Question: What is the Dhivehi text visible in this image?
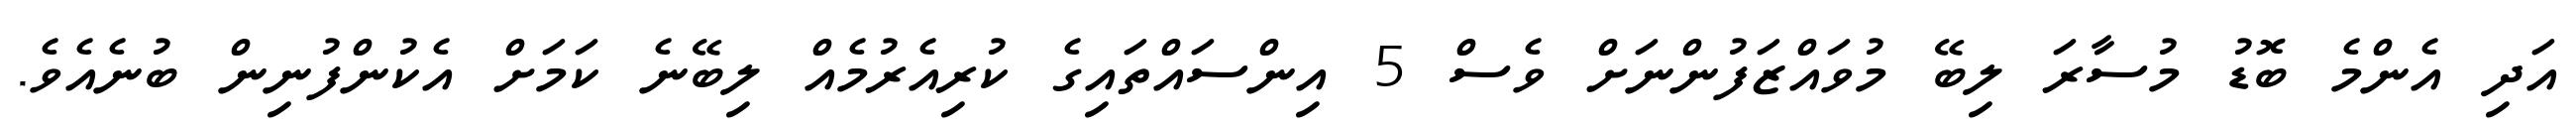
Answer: އަދި އެންމެ ބޮޑު މުސާރަ ލިބޭ މުވައްޒަފުންނަށް ވެސް 5 އިންސައްތައިގެ ކުރިއެރުމެއް ލިބޭނެ ކަމަށް އެކުންފުނިން ބުނެއެވެ.